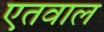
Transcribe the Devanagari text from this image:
एतवाल